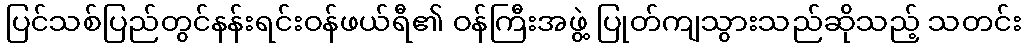
ပြင်သစ်ပြည်တွင်နန်းရင်းဝန်ဖယ်ရီ၏ ဝန်ကြီးအဖွဲ့ ပြုတ်ကျသွားသည်ဆိုသည့် သတင်း